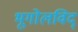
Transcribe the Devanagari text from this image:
भूगोलविद्